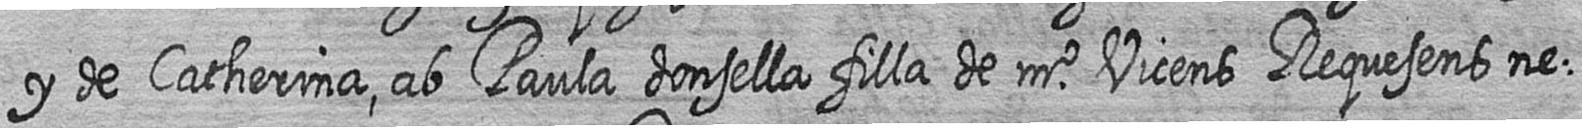
y de Catherina ab Paula donsella filla de mr Vicens Requesens ne=